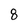
Character: 8